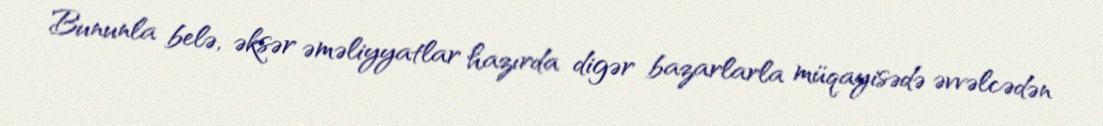
Bununla belə, əksər əməliyyatlar hazırda digər bazarlarla müqayisədə əvvəlcədən